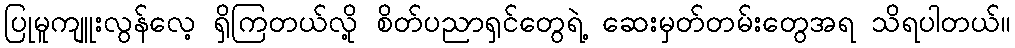
ပြုမူကျူးလွန်လေ့ ရှိကြတယ်လို့ စိတ်ပညာရှင်တွေရဲ့ ဆေးမှတ်တမ်းတွေအရ သိရပါတယ်။